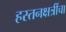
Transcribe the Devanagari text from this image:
हस्तनक्षत्रींचा